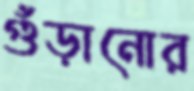
গুঁড়ানোর